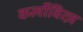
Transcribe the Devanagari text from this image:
कर्लोवित्ज़